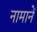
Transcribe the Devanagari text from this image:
नामानें